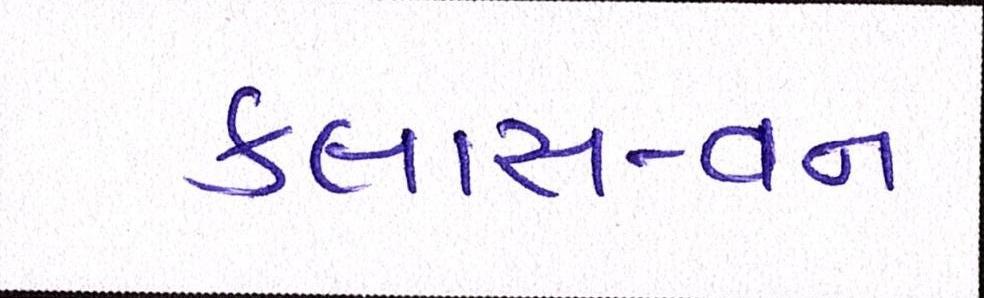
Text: કલાસ-વન